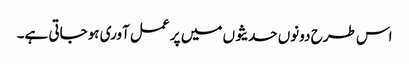
اس طرح دونوں حدیثوں میں پر عمل آوری ہوجاتی ہے۔